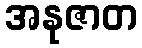
အနုဇာတ